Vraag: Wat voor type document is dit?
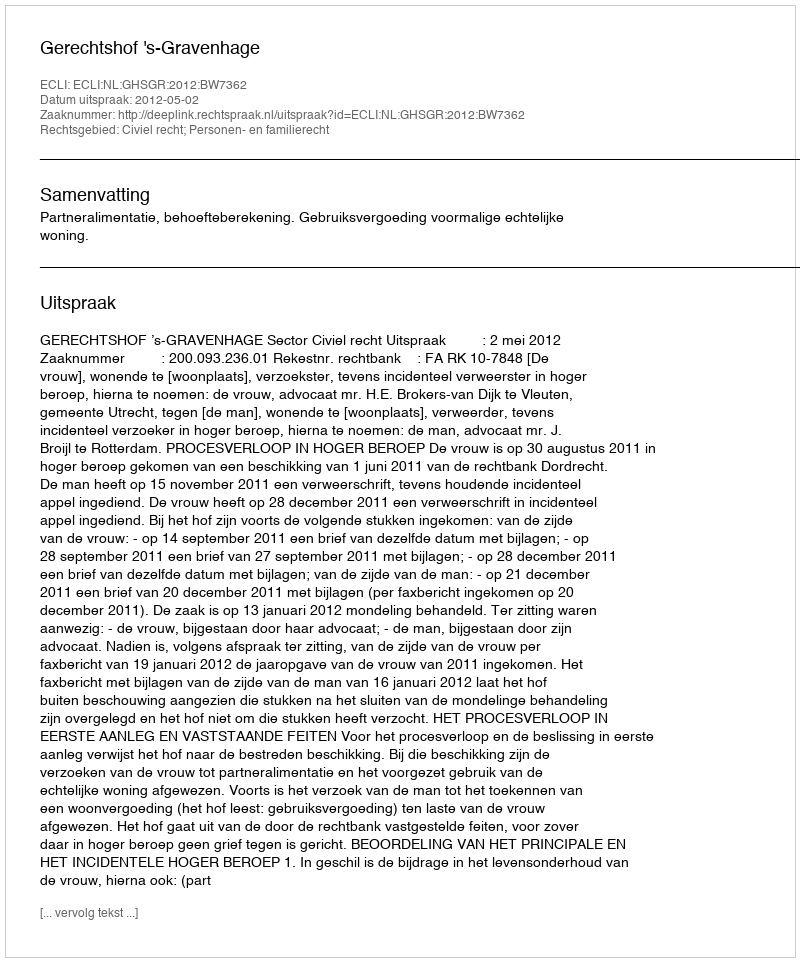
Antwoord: Uitspraak